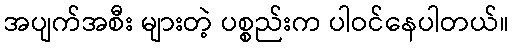
အပျက်အစီး များတဲ့ ပစ္စည်းက ပါဝင်နေပါတယ်။